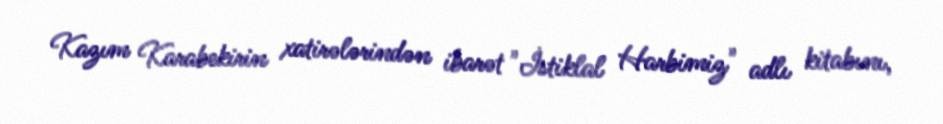
Kazım Karabekirin xatirələrindən ibarət "İstiklal Harbimiz" adlı kitabını,